Leaving Certificate Examination (including Day School Certificate (Higher) General paper), 1935
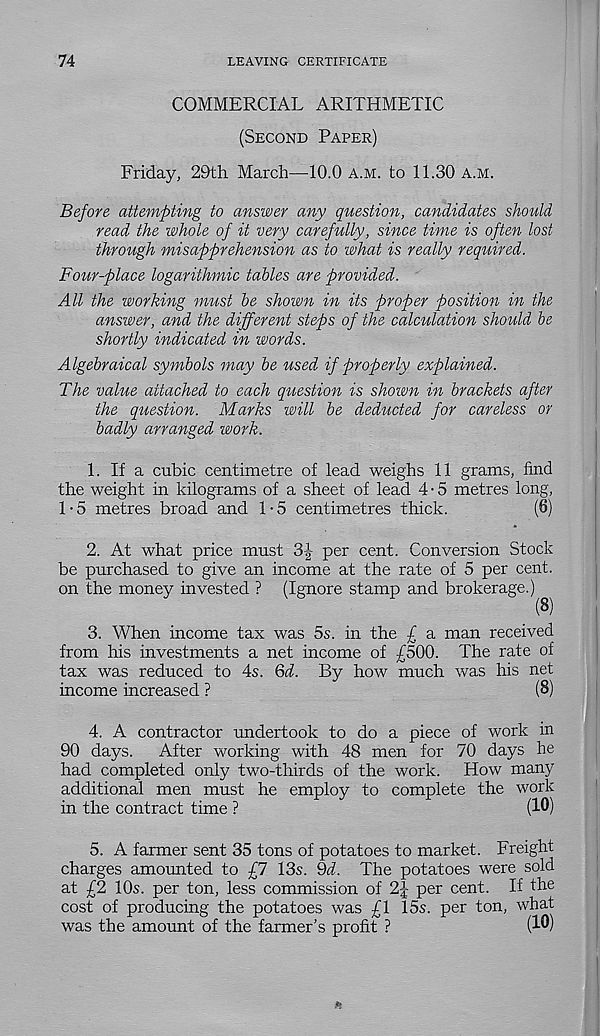
74
LEAVING CERTIFICATE
COMMERCIAL ARITHMETIC
(Second Paper)
Friday, 29th March—10.0 a.m. to 11.30 a.m.
Before attempting to answer any question, candidates should
read the whole of it very carefully, since time is often lost
through misapprehension as to what is really required.
Four-place logarithmic tables are provided.
All the working must be shown in its proper position in the
answer, and the different steps of the calculation should be
shortly indicated in words.
Algebraical symbols may be used if properly explained.
The value attached to each question is shown in brackets after
the qiiestion. Marks will be deducted for careless or
badly arranged work.
1. If a cubic centimetre of lead weighs 11 grams, find
the weight in kilograms of a sheet of lead 4 • 5 metres long,
1-5 metres broad and 1-5 centimetres thick.
(6)
2. At what price must 3-| per cent. Conversion Stock
be purchased to give an income at the rate of 5 per cent,
on the money invested ? (Ignore stamp and brokerage.)
( 8 )
3. When income tax was 5s. in the f a man received
from his investments a net income of £500. The rate of
tax was reduced to 4s. Qd. By how much was his net
income increased ?
(8)
4. A contractor undertook to do a piece of work in
90 days.
After working with 48 men for 70 days he
had completed only two-thirds of the work. How many
additional men must he employ to complete the work
in the contract time ?
(10)
5. A farmer sent 35 tons of potatoes to market. Freight
charges amounted to £7 13s. 9i. The potatoes were sold
at £2 10s. per ton, less commission of 2£ per cent. If the
cost of producing the potatoes was £1 15s. per ton, what
was the amount of the farmer’s profit ?
(10)